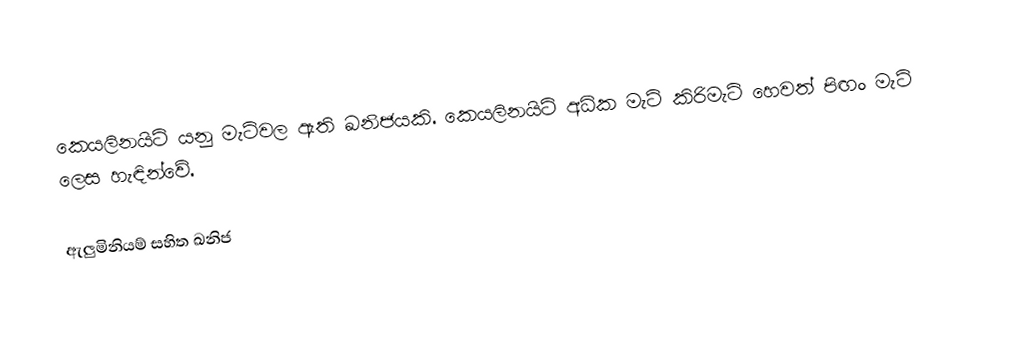
කෙයලිනයිට් යනු මැටිවල ඇති ඛනිජයකි. කෙයලිනයිට් අධික මැටි කිරිමැටි හෙවත් පිඟං මැටි ලෙස හැ﻿ඳින්වේ.

ඇලුමිනියම් සහිත ඛනිජ